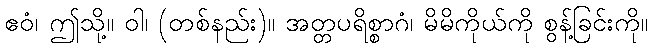
ဧဝံ၊ ဤသို့။ ဝါ၊ (တစ်နည်း)။ အတ္တပရိစ္စာဂံ၊ မိမိကိုယ်ကို စွန့်ခြင်းကို။